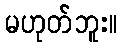
မဟုတ်ဘူး။